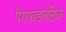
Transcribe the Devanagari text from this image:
पैराफाइलेटिक